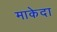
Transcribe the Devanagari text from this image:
माकेदा